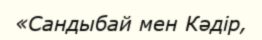
«Сандыбай мен Кәдір,